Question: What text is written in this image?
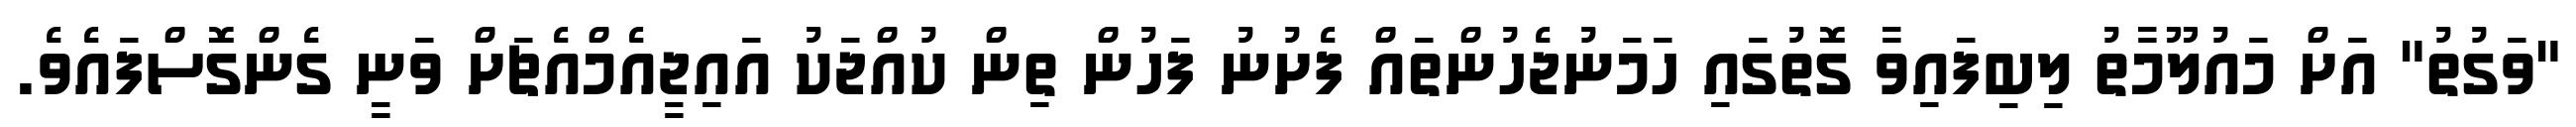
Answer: "ވަގުތު" އަށް މައުލޫމާތު ލިބިފައިވާ ގޮތުގައި ހަމަނުޖެހުންތައް ފެށުނު ފަހުން ތިން ކުއްޖަކު އައިޖީއެމްއެޗަށް ވަނީ ގެންގޮސްފައެވެ.